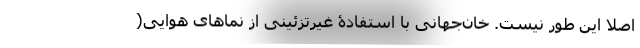
اصلا این طور نیست. خان‌جهانی با استفادۀ غیرتزئینی از نماهای هوایی(